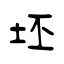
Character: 坯